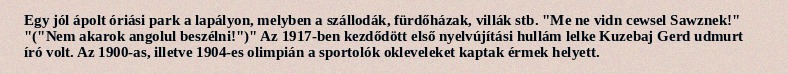
Egy jól ápolt óriási park a lapályon, melyben a szállodák, fürdőházak, villák stb. "Me ne vidn cewsel Sawznek!" "("Nem akarok angolul beszélni!")" Az 1917-ben kezdődött első nyelvújítási hullám lelke Kuzebaj Gerd udmurt író volt. Az 1900-as, illetve 1904-es olimpián a sportolók okleveleket kaptak érmek helyett.